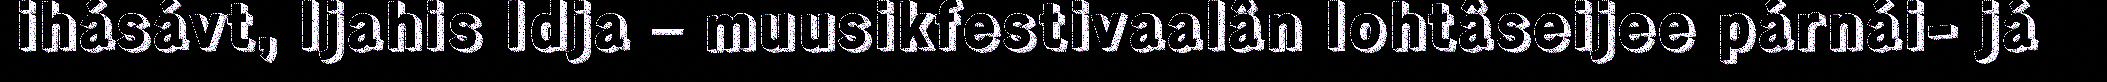
ihásávt, Ijahis Idja – muusikfestivaalân lohtâseijee párnái- já